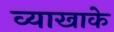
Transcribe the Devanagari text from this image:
व्याखाके